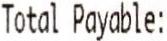
TOTAL PAYABLE: